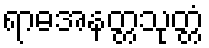
ရာဓအနတ္တသုတ္တံ